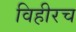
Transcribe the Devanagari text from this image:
विहीरच